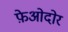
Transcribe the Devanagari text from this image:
फ़ेओदोर